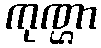
ကုဏ္ဌာ